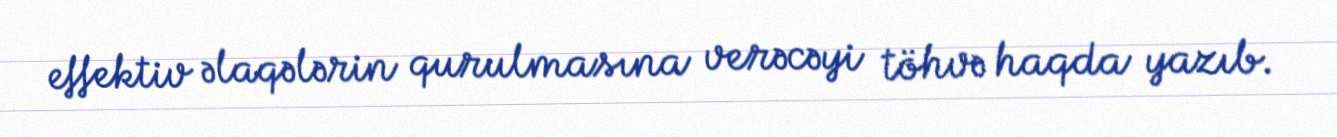
effektiv əlaqələrin qurulmasına verəcəyi töhvə haqda yazıb.